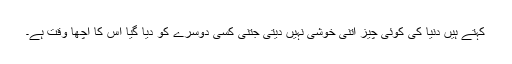
کہتے ہیں دنیا کی کوئی چیز اتنی خوشی نہیں دیتی جتنی کسی دوسرے کو دیا گیا اس کا اچھا وقت ہے۔